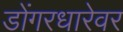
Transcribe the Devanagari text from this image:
डोंगरधारेवर